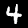
Label: 4